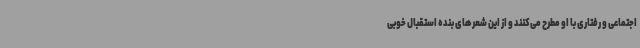
اجتماعی و رفتاری با او مطرح می‌کنند و از این شعرهای بنده استقبال خوبی